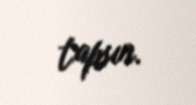
tapsın.